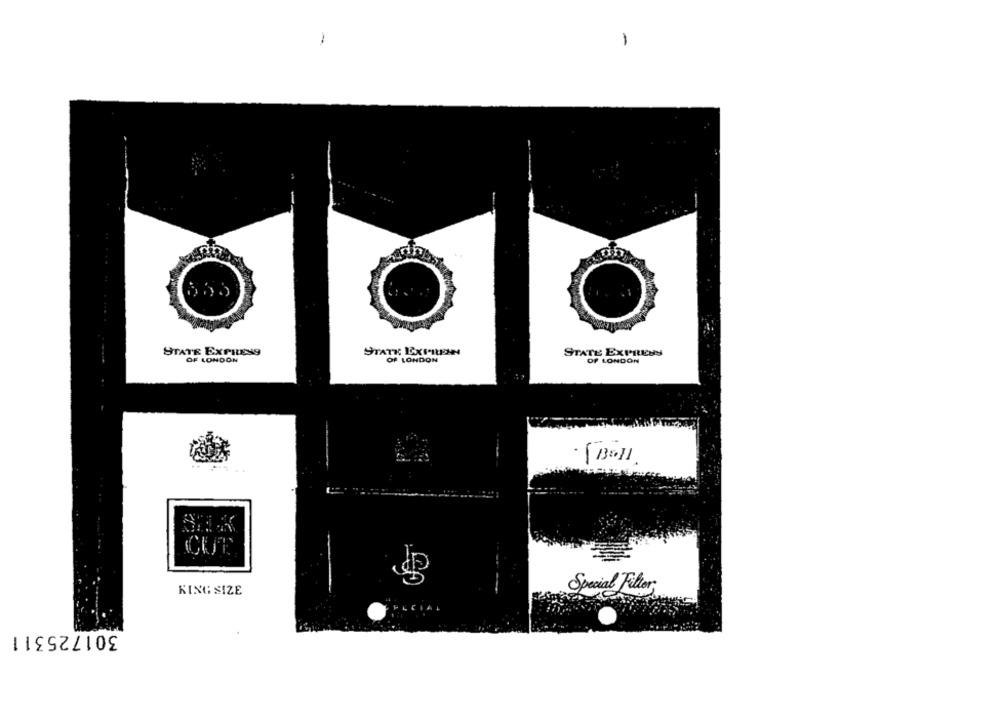
-
STATE EXPILENS
STATE EXPRESN
STATE EXPRESS
OF LONDON
OF LONDON
OF LONDON
KING SIZE
Special Filter®
301725311